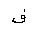
Letter: _fa